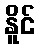
နိူင်